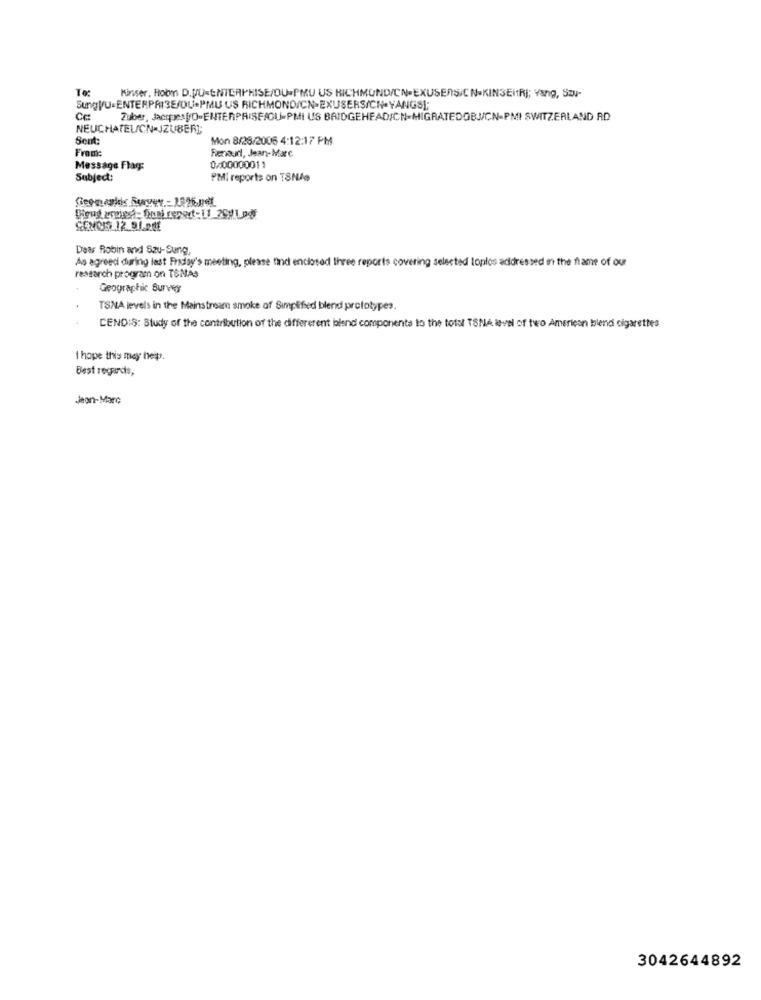
Kinser, Hobm D.JU-ENTERPRISE/OU-PMU US KICHMUND/CN-EXUSERS/C N.KINSEITRI; Yang, Szu-
SungVU-ENTERPRISE/DU-PMU US RICHMOND/CN-EXUSERS/CH.YANGS);
Cc:
Zuber, Jacipes[/O-ENTERPRISE/OU-PMI US BRIDGEHEAD/CN-MIGRATEDOBJCN-PMI SWITZERLAND AD
NEUCHATEL/CN-JZUBERI
Sent:
Mon 8/28/2006 4:12:17 PM
From:
Renault, Jean-Marc
Message Flag:
0000000011
Subject:
PMill reports on TSNAs
Dear Robin and Sau-Sung,
As agreed during last Friday's meeting, please find enclosed three reports covering selected loplos addressed in the flame of our
restarch program on TSNAS
Geographic Surwor
TSNA levels in the Mainstream smoke of Simplified blend prototypes.
CENDIS: Study of the contribution of the differerent blend componenta to the total TSNA level of two American blend cigarettes
t hope this may help.
Best regards,
Jean-Marc
3042644892